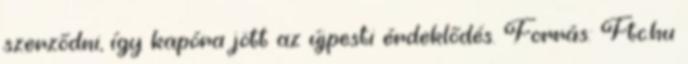
szerződni, így kapóra jött az újpesti érdeklődés. Forrás: Ftc.hu